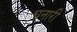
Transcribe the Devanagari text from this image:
घनारी